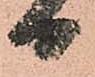
日